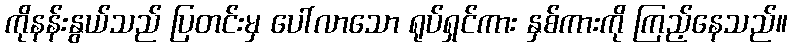
ကိုနန်းနွယ်သည် ပြတင်းမှ ပေါ်လာသော ရုပ်ရှင်ကား နှစ်ကားကို ကြည့်နေသည်။